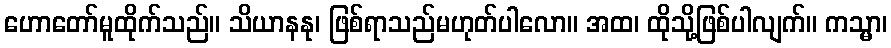
ဟောတော်မူထိုက်သည်။ သိယာနနု၊ ဖြစ်ရာသည်မဟုတ်ပါလော။ အထ၊ ထိုသို့ဖြစ်ပါလျက်။ ကသ္မာ၊